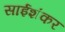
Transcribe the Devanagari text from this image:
साईशंकर